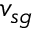
v _ { s g }